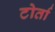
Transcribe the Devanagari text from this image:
टोर्ता